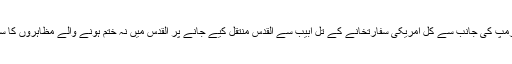
امریکی صدر ڈونلڈ ٹرمپ کی جانب سے کل امریکی سفارتخانے کے تل ابیب سے القدس منتقل کیے جانے پر القدس میں نہ ختم ہونے والے مظاہروں کا سلسلہ شروع ہوگیا ہے۔